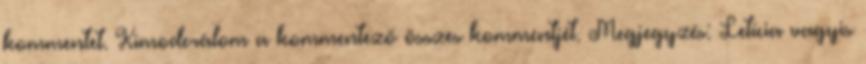
kommentet. Kimoderálom a kommentező összes kommentjét. Megjegyzés: Letícia vagyis